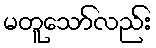
မတူသော်လည်း